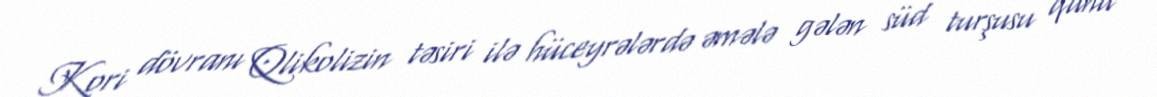
Kori dövranı Qlikolizin təsiri ilə hüceyrələrdə əmələ gələn süd turşusu qana